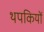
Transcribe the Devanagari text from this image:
थपकियों